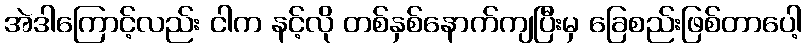
အဲဒါကြောင့်လည်း ငါက နင့်လို တစ်နှစ်နောက်ကျပြီးမှ ခြေစည်းဖြစ်တာပေါ့